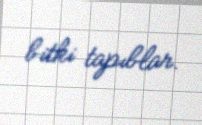
bitki tapıblar.